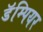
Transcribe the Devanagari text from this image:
डॅम्पियर